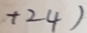
+ 2 4 )